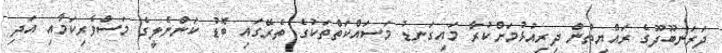
ދަރަނބޫދޫގެ ރައްޔިތުން ދިރިއުޅުމަށްކުރާ މައިގަނޑު މަސައްކަތްތަކުގެ ތެރޭގައި ބޮޑު ކަންނެލީގެ މަސްވެރިކަމާއި އަދި